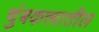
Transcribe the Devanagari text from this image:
चुंबकत्त्वातील